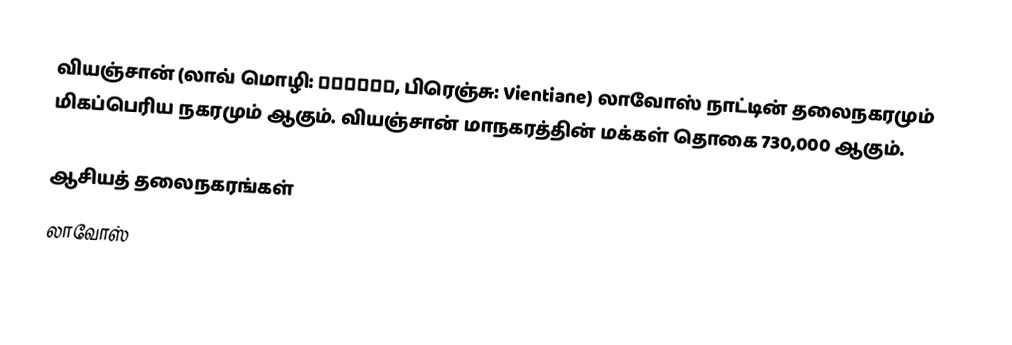
வியஞ்சான் (லாவ் மொழி: ວຽງຈັນ, பிரெஞ்சு: Vientiane) லாவோஸ் நாட்டின் தலைநகரமும் மிகப்பெரிய நகரமும் ஆகும். வியஞ்சான் மாநகரத்தின் மக்கள் தொகை 730,000 ஆகும்.

ஆசியத் தலைநகரங்கள்
லாவோஸ்